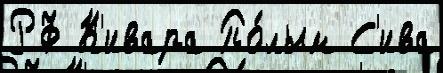
РФ К'ивара По́лым С'ива